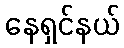
နေရှင်နယ်